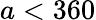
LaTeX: a<360